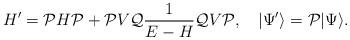
LaTeX: \begin{align*} H' = {\cal P}H{\cal P} + {\cal P}V{\cal Q}\frac{1}{E-H}{\cal Q}V{\cal P}, \quad |\Psi' \rangle = {\cal P}|\Psi \rangle.\end{align*}